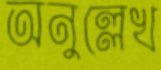
অনুল্লেখ